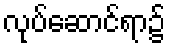
လုပ်ဆောင်ရာ၌